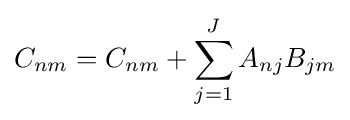
C_{nm}=C_{nm}+\sum _{j=1}^{J}A_{nj}B_{jm}